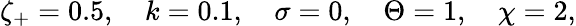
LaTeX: \zeta_{+}=0.5,\quad k=0.1,\quad\sigma=0,\quad\Theta=1,\quad\chi=2,